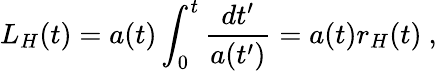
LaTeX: L_{H}(t)=a(t)\int_{0}^{t}\frac{dt^{\prime}}{a(t^{\prime})}=a(t)r_{H}(t)\ ,